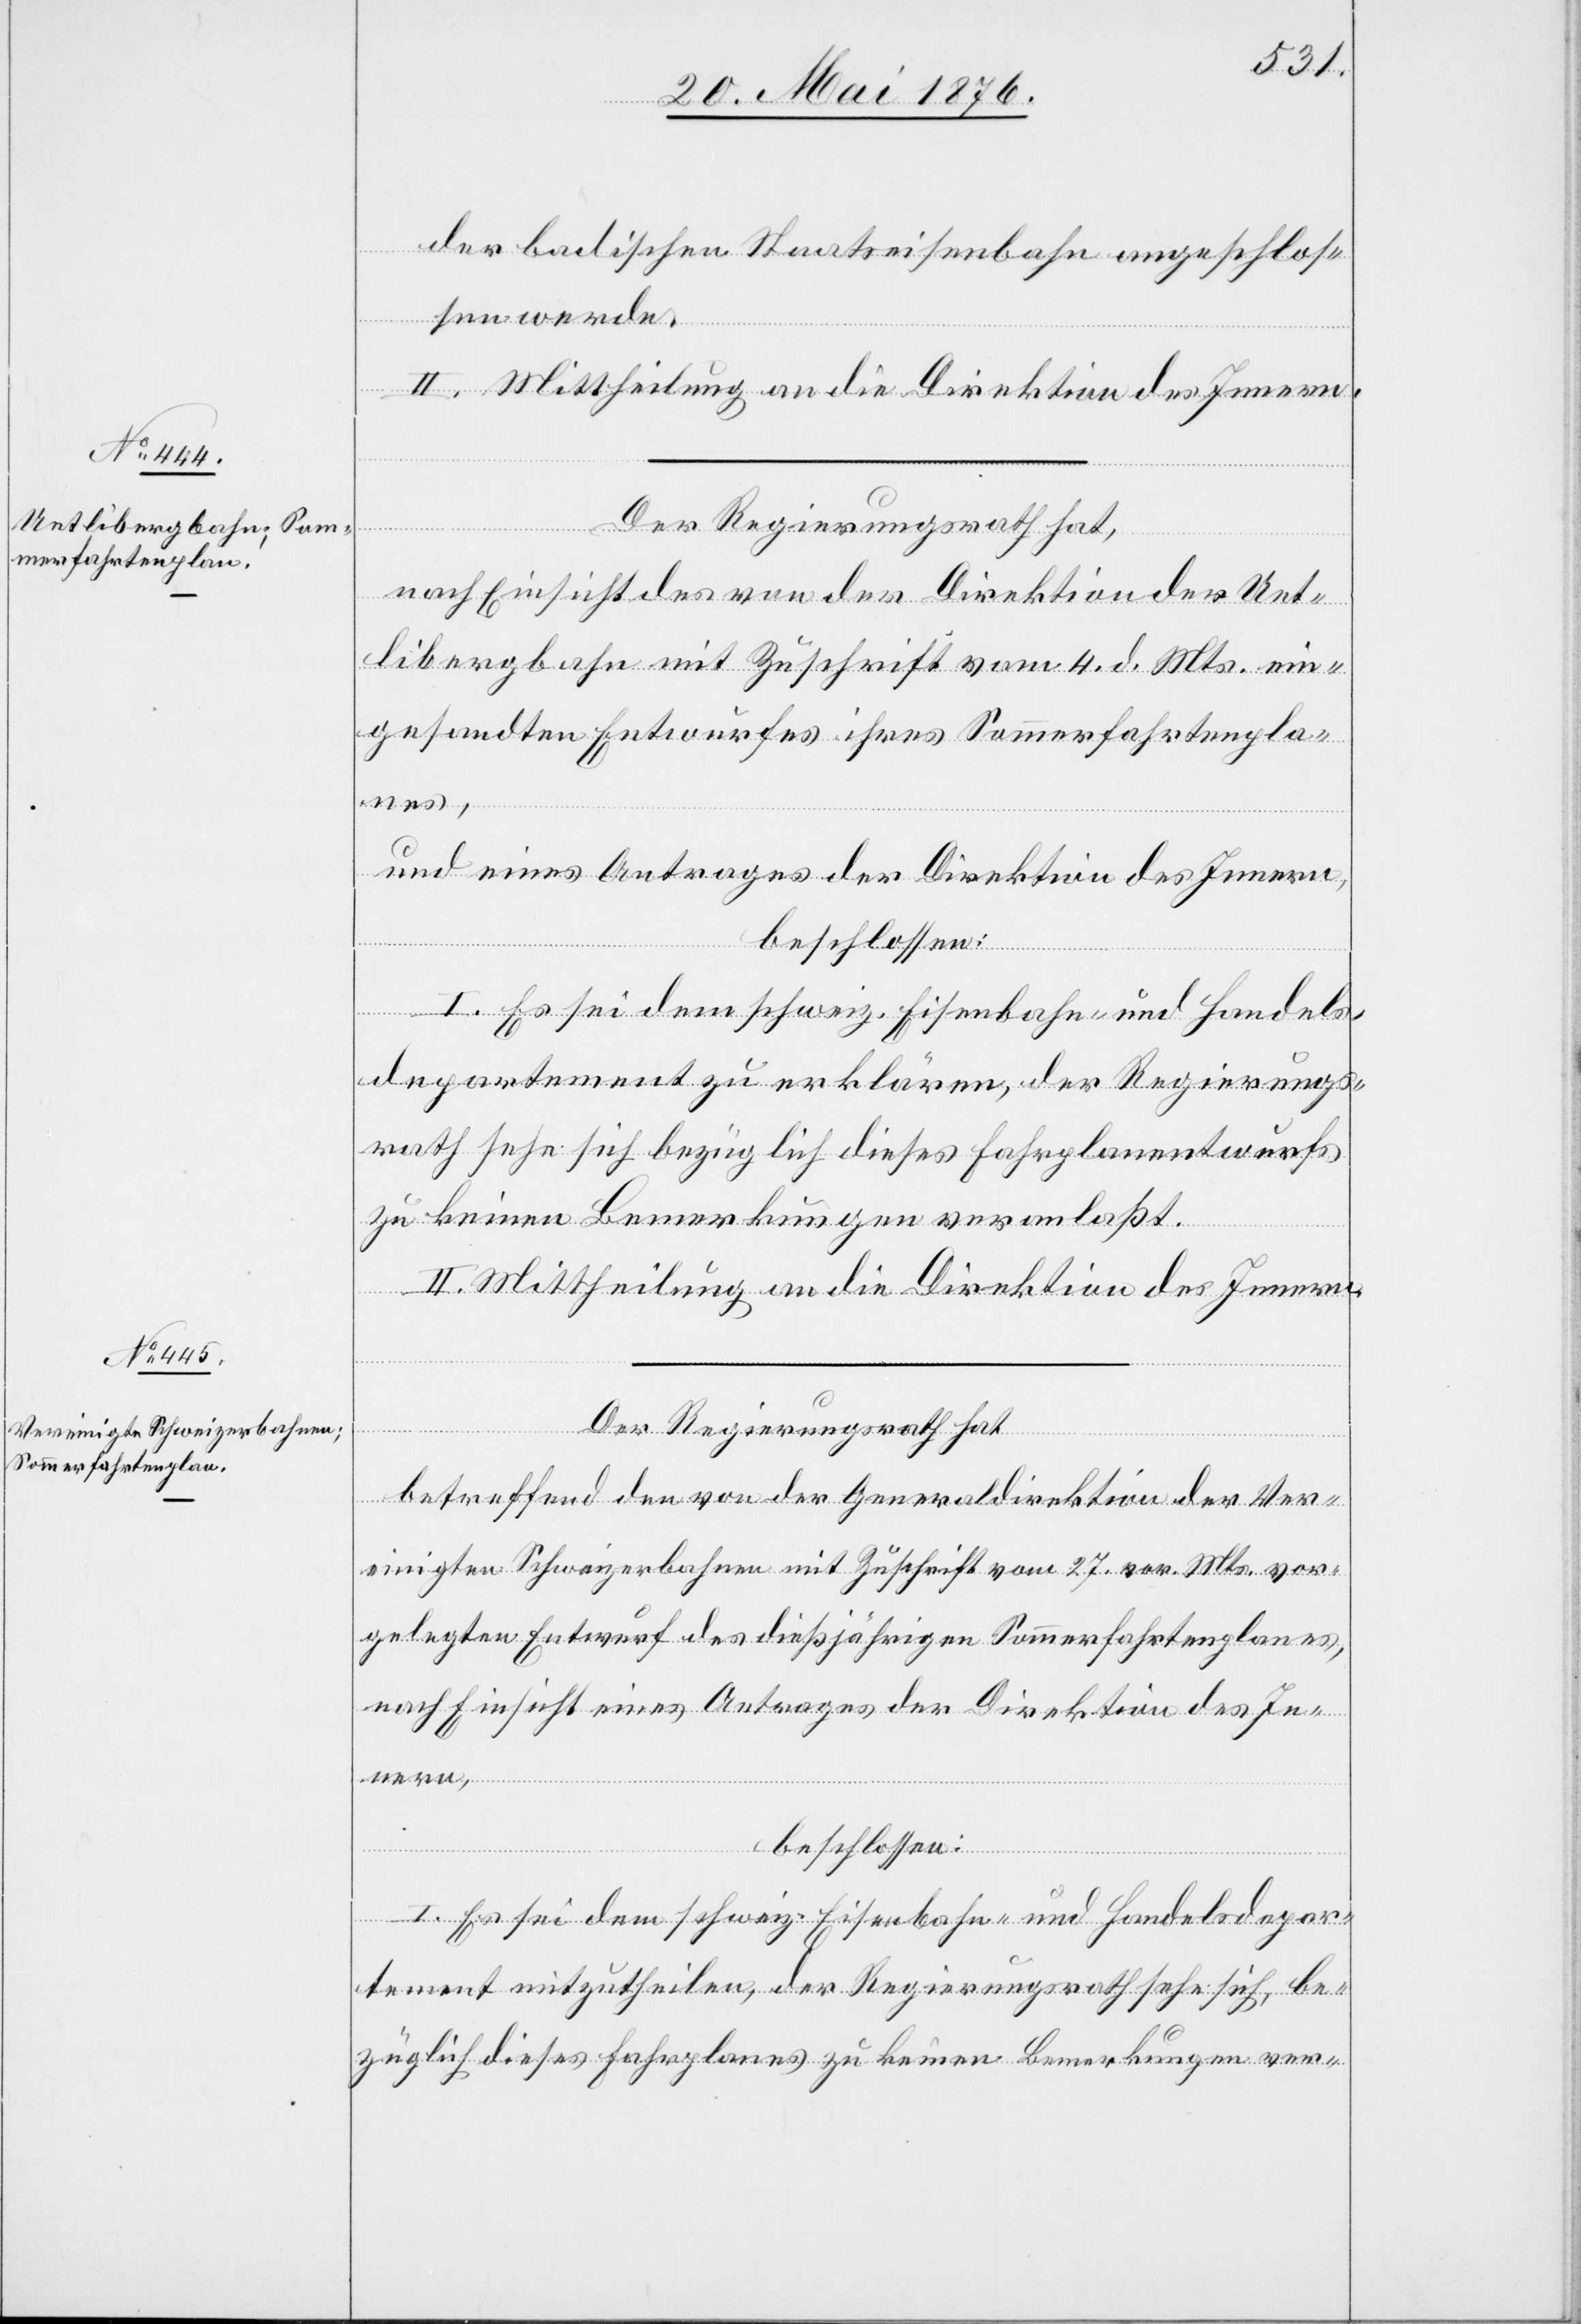
der badischen Staatseisenbahn angeschlos¬
sen werde.
II. Mittheilung an die Direktion des Innern.
Der Regierungsrath hat,
nach Einsicht des von der Direktion der Uet¬
libergbahn mit Zuschrift vom 4. d. Mts. ein¬
gesandten Entwurfes ihres Sommerfahrtenpla¬
nes,
und eines Antrages der Direktion des Innern,
beschlossen:
I. Es sei dem schweiz. Eisenbahn- und Handels¬
departement zu erklären, der Regierungs¬
rath sehe sich bezüglich dieses Fahrplanentwurfs
zu keinen Bemerkungen veranlaßt.
II. Mittheilung an die Direktion des Innern.
Der Regierungsrath hat
betreffend en von der Generaldirektion der Ver¬
einigten Schweizerbahnen mit Zuschrift vom 27. vor. Mts. vor¬
gelegten Entwurf des dießjährigen Sommerfahrtenplanes,
nach Einsicht eines Antrages der Direktion des In¬
nern,
beschlossen:
I. Es sei dem schweiz. Eisenbahn- und Handelsdepar¬
tement mitzutheilen, der Regierungsrath sehe sich, be¬
züglich dieses Fahrplanes zu keinen Bemerkungen ver-